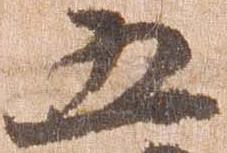
五